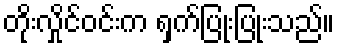
တိုးလှိုင်ဝင်းက ရှက်ပြုံးပြုံးသည်။